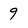
Character: 9